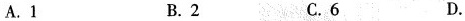
A.1 B.2 C.6 D.11